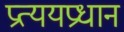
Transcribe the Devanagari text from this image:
प्रत्ययप्रधान